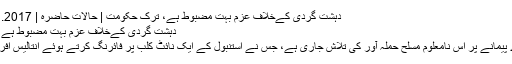
دہشت گردی کےخلاف عزم بہت مضبوط ہے، ترک حکومت | حالات حاضرہ | DW | 01.01.2017
دہشت گردی کےخلاف عزم بہت مضبوط ہے، ترک حکومت
ترکی میں بڑے پیمانے پر اُس نامعلوم مسلح حملہ آور کی تلاش جاری ہے، جس نے استنبول کے ایک نائٹ کلب پر فائرنگ کرتے ہوئے انتالیس افراد کو ہلاک کیا۔